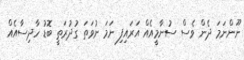
ނޫންނަމަ ދެން ވެސް ސުނާމީއެއް އަރައިފި ނަމަ ނުވަތަ ގުދުރަތީ ބޮޑު ހާދިސާއެއް